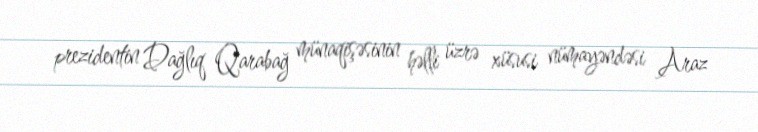
prezidentin Dağlıq Qarabağ münaqişəsinin həlli üzrə xüsusi nümayəndəsi Araz